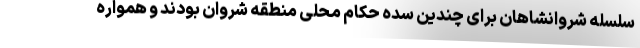
سلسله شروانشاهان برای چندین سده حکام محلی منطقه شروان بودند و همواره